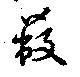
蔽